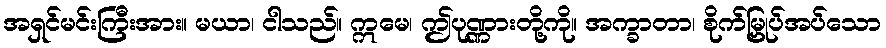
အရှင်မင်းကြီးအား။ မယာ၊ ငါသည်။ ဣမေ၊ ဤပုဏ္ဏားတို့ကို။ အက္ခာတာ၊ စိုက်မြှုပ်အပ်သော